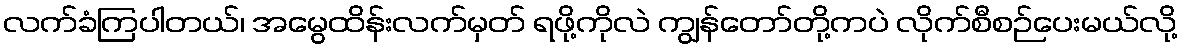
လက်ခံကြပါတယ်၊ အမွေထိန်းလက်မှတ် ရဖို့ကိုလဲ ကျွန်တော်တို့ကပဲ လိုက်စီစဉ်ပေးမယ်လို့